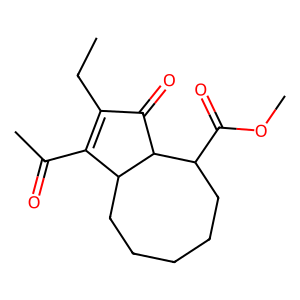
SMILES: CCC1=C(C(C)=O)C2CCCCCC(C(=O)OC)C2C1=O
Inhibits HIV replication: No